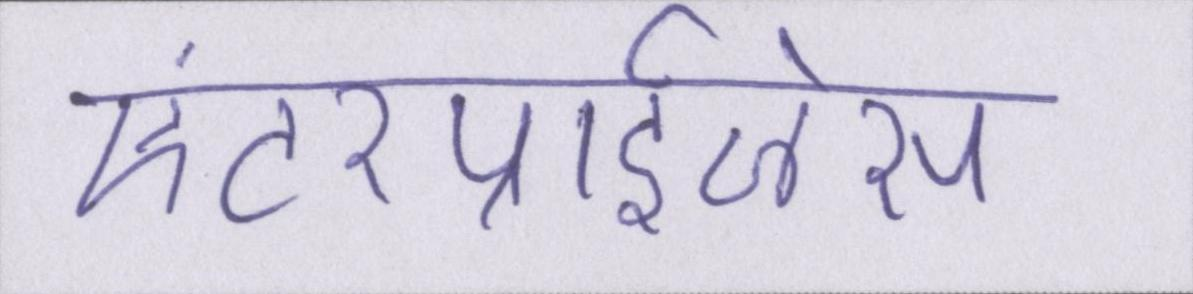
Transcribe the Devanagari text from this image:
एंटरप्राईजेस